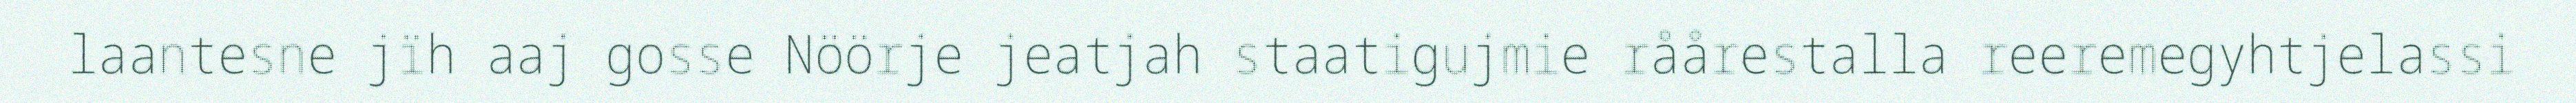
laantesne jïh aaj gosse Nöörje jeatjah staatigujmie råårestalla reeremegyhtjelassi